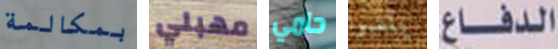
بمكالمة مهبلي حامي يلعبوا الدفاع